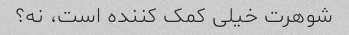
شوهرت خیلی کمک کننده است، نه؟